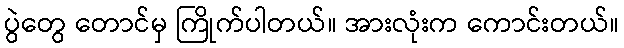
ပွဲတွေ တောင်မှ ကြိုက်ပါတယ်။ အားလုံးက ကောင်းတယ်။